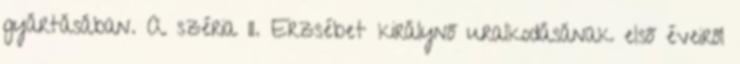
gyártásában. A széria II. Erzsébet királynő uralkodásának első éveiről